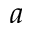
^ { a }